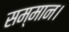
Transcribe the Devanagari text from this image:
सम्‍मान।